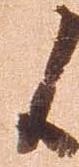
候